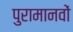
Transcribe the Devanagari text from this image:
पुरामानवों